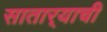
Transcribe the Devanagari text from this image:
सातार्‍याची